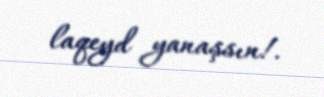
laqeyd yanaşsın!.